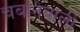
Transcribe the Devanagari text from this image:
चबानेवाली